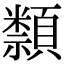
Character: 𥜛